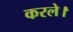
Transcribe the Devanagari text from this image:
करले।